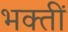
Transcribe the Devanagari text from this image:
भक्तीं